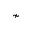
\nsim